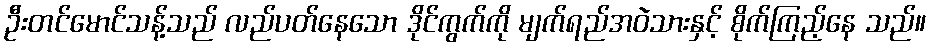
ဦးတင်မောင်သန့်သည် လည်ပတ်နေသော ဒိုင်ကွက်ကို မျက်ရည်အဝဲသားနှင့် စိုက်ကြည့်နေ သည်။